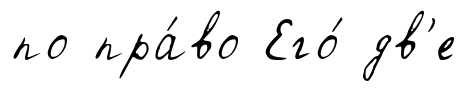
по пра́во Его́ дв'е